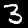
Label: 3